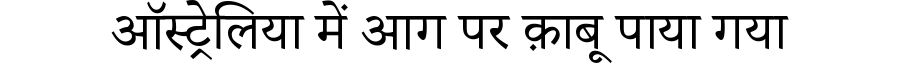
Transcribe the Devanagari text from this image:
ऑस्ट्रेलिया में आग पर क़ाबू पाया गया